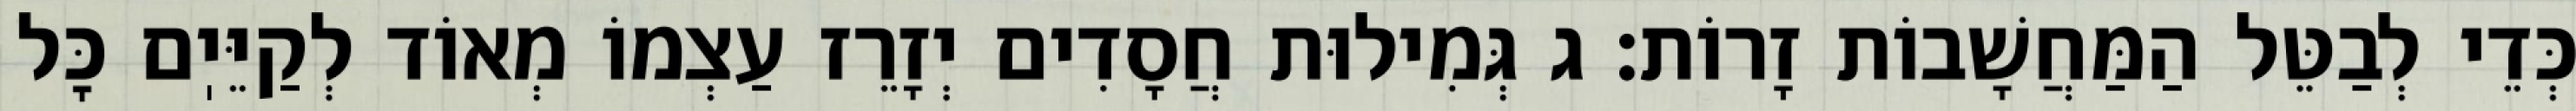
כְּדֵי לְבַטֵּל הַמַּחֲשָׁבוֹת זָרוֹת: ג גְּמִילוּת חֲסָדִים יְזָרֵז עַצְמוֹ מְאוֹד לְקַיֵּיֽם כׇּל